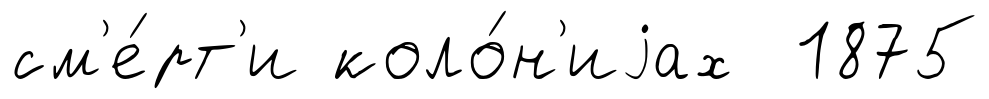
см'е́рт'и коло́н'иjах 1875